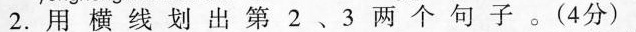
2.用横线划出第2、3两 句子。(4分)